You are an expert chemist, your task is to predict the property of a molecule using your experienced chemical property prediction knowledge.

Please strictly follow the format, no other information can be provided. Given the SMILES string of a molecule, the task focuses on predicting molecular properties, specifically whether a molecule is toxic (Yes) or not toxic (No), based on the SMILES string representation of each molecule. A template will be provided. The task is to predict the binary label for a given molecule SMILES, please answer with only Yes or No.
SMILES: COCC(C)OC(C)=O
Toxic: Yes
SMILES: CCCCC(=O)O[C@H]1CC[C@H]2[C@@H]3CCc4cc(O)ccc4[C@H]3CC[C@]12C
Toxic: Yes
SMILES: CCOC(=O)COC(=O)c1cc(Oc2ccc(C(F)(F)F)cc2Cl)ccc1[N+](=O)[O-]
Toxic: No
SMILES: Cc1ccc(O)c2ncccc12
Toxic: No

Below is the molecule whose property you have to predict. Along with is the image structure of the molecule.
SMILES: CN(C)CCCN1c2ccccc2CCc2ccc(Cl)cc21
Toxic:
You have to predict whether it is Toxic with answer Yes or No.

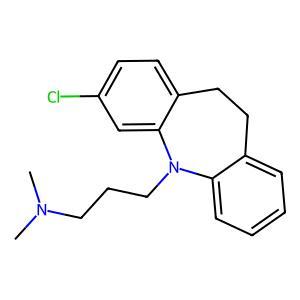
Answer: No